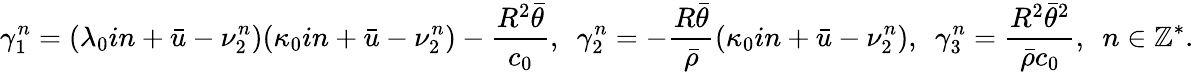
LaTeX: \gamma_{1}^{n}=(\lambda_{0}in+\bar{u}-\nu_{2}^{n})(\kappa_{0}in+\bar{u}-\nu_{2}^{n})-\frac{R^{2}\bar{\theta}}{c_{0}},\ \ \gamma_{2}^{n}=-\frac{R\bar{\theta}}{\bar{\rho}}(\kappa_{0}in+\bar{u}-\nu_{2}^{n}),\ \ \gamma_{3}^{n}=\frac{R^{2}\bar{\theta}^{2}}{\bar{\rho}c_{0}},\ \ n\in\mathbb{Z}^{*}.